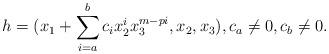
LaTeX: \begin{align*}h = (x_1 + \sum_{i = a}^{b} c_i x_2^i x_3^{m - pi}, x_2, x_3), c_a \neq 0, c_b \neq 0.\end{align*}